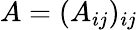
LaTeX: A=(A_{ij})_{ij}